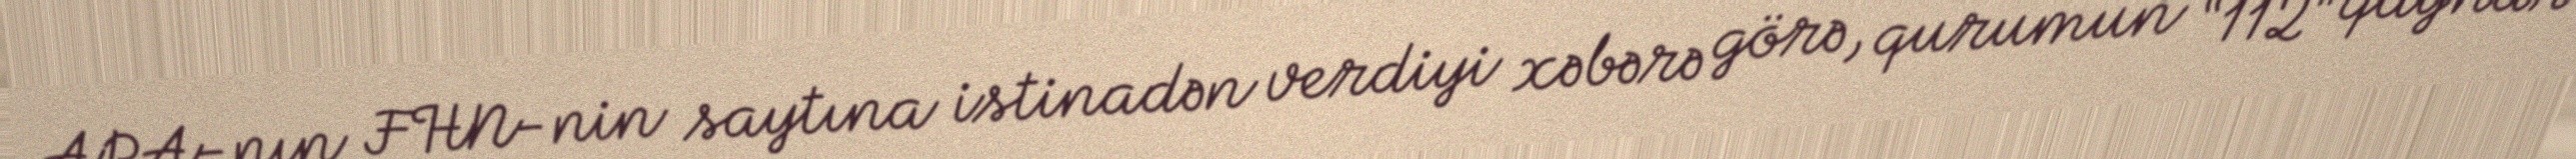
APA-nın FHN-nin saytına istinadən verdiyi xəbərə görə, qurumun “112” qaynar